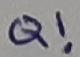
Text: Q!